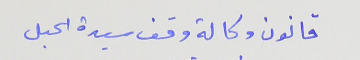
قانون وكالة وقف سيدة الحبل